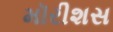
મૉરીશસ